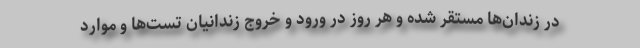
در زندان‌ها مستقر شده و هر روز در ورود و خروج زندانیان تست‌ها و موارد